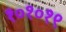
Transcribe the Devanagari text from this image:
१०१०१९